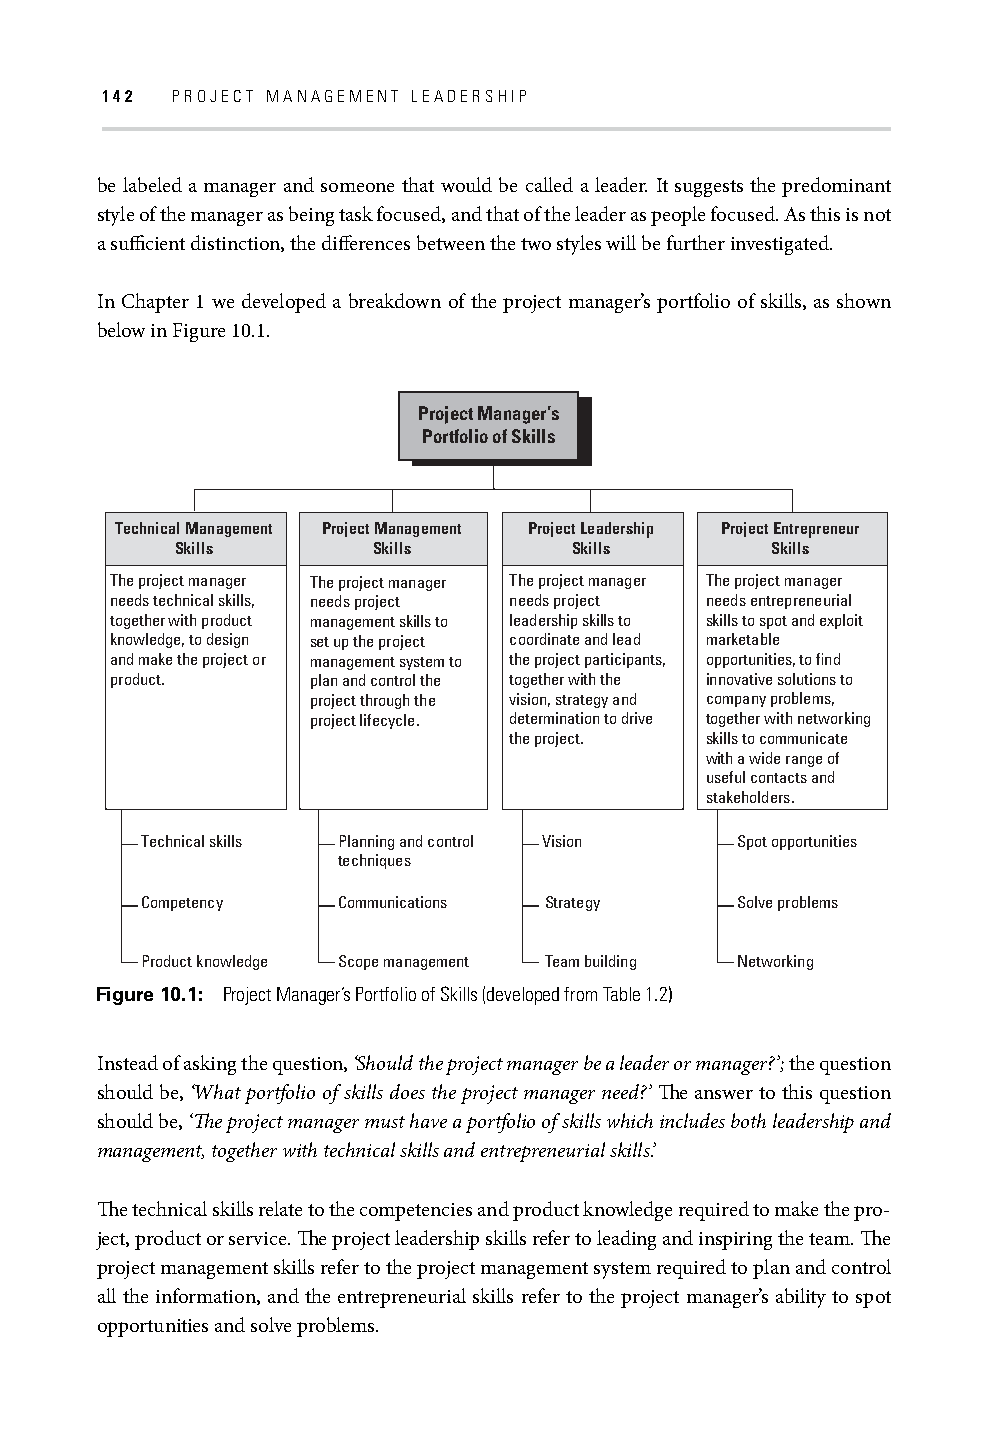
142 PROJECT MANAGEMENT LEADERSHIP
 be labeled a manager and someone that would be called a leader. It suggests the predominant
 style of the manager as being task focused, and that of the leader as people focused. As this is not
 a suffi cient distinction, the diff erences between the two styles will be further investigated.
 In Chapter 1 we developed a breakdown of the project manager’s portfolio of skills, as shown
 below in Figure 10.1.
 Project Manager’s
 Portfolio of Skills
 Technical Management Project Management Project Leadership Project Entrepreneur
 Skills       Skills       Skills       Skills
 The project manager The project manager The project manager The project manager
 needs technical skills, needs project needs project needs entrepreneurial
 together with product management skills to leadership skills to skills to spot and exploit
 knowledge, to design set up the project coordinate and lead marketable
 and make the project or management system to the project participants, opportunities, to find
 product.     plan and control the together with the innovative solutions to
 project through the vision, strategy and company problems,
 project lifecycle. determination to drive together with networking
 the project. skills to communicate
 with a wide range of
 useful contacts and
 stakeholders.
 Technical skills Planning and control Vision Spot opportunities
 techniques
 Competency   Communications Strategy    Solve problems
 Product knowledge Scope management Team building Networking
 Figure 10.1: Project Manager’s Portfolio of Skills (developed from Table 1.2)
 Instead of asking the question, ‘Should the project manager be a leader or manager?’; the question
 should be, ‘What portfolio of skills does the project manager need?’ Th e answer to this question
 should be, ‘Th e project manager must have a portfolio of skills which includes both leadership and
 management, together with technical skills and entrepreneurial skills.’
 Th e technical skills relate to the competencies and product knowledge required to make the pro-
 ject, product or service. Th e project leadership skills refer to leading and inspiring the team. Th e
 project management skills refer to the project management system required to plan and control
 all the information, and the entrepreneurial skills refer to the project manager’s ability to spot
 opportunities and solve problems.